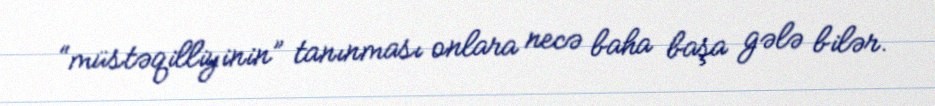
“müstəqilliyinin” tanınması onlara necə baha başa gələ bilər.